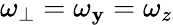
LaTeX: \omega_{\perp}=\omega_{\mathbf{y}}=\omega_{z}